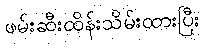
ဖမ်းဆီးထိန်းသိမ်းထားပြီး